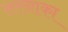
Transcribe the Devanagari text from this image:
लरनाका